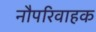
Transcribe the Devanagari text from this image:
नौपरिवाहक